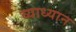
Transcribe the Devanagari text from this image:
व्याध्यान